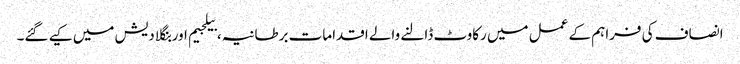
انصاف کی فراہم کے عمل میں رکاوٹ ڈالنے والے اقدامات برطانیہ، بیلجیم اور بنگلا دیش میں کیے گئے۔